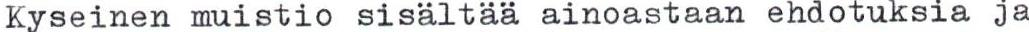
Kyseinen muistio sisältää ainoastaan ehdotuksia ja